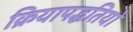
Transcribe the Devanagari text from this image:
क्रियापद्धतियों